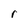
Character: r